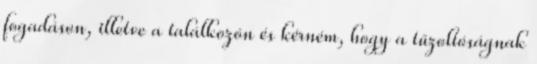
fogadáson, illetve a találkozón és kérném, hogy a tűzoltóságnak